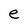
Character: e